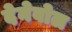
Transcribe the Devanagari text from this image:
देनेवोल